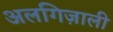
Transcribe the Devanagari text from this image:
अलगिज़ाली